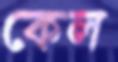
কেল